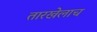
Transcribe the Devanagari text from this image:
तारखेलाच